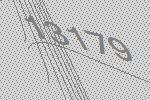
13179